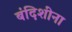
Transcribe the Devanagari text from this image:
बंदिशींना